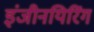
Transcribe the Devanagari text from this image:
इंजीनयिरिंग